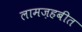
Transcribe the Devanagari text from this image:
लामज़हबीत